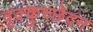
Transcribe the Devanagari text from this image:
वृक्कुच्छेदन